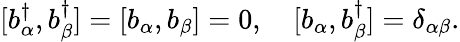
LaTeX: [b_{\alpha}^{\dagger},b_{\beta}^{\dagger}]=[b_{\alpha},b_{\beta}]=0,\quad[b_{\alpha},b_{\beta}^{\dagger}]=\delta_{\alpha\beta}.